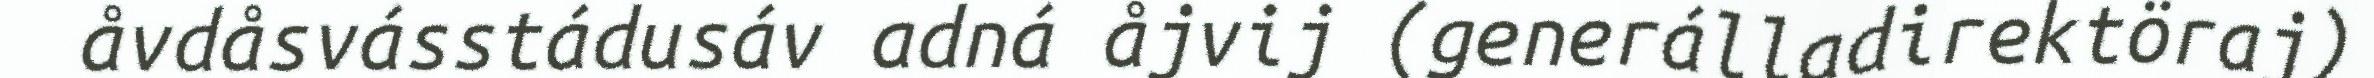
åvdåsvásstádusáv adná åjvij (generálladirektöraj)